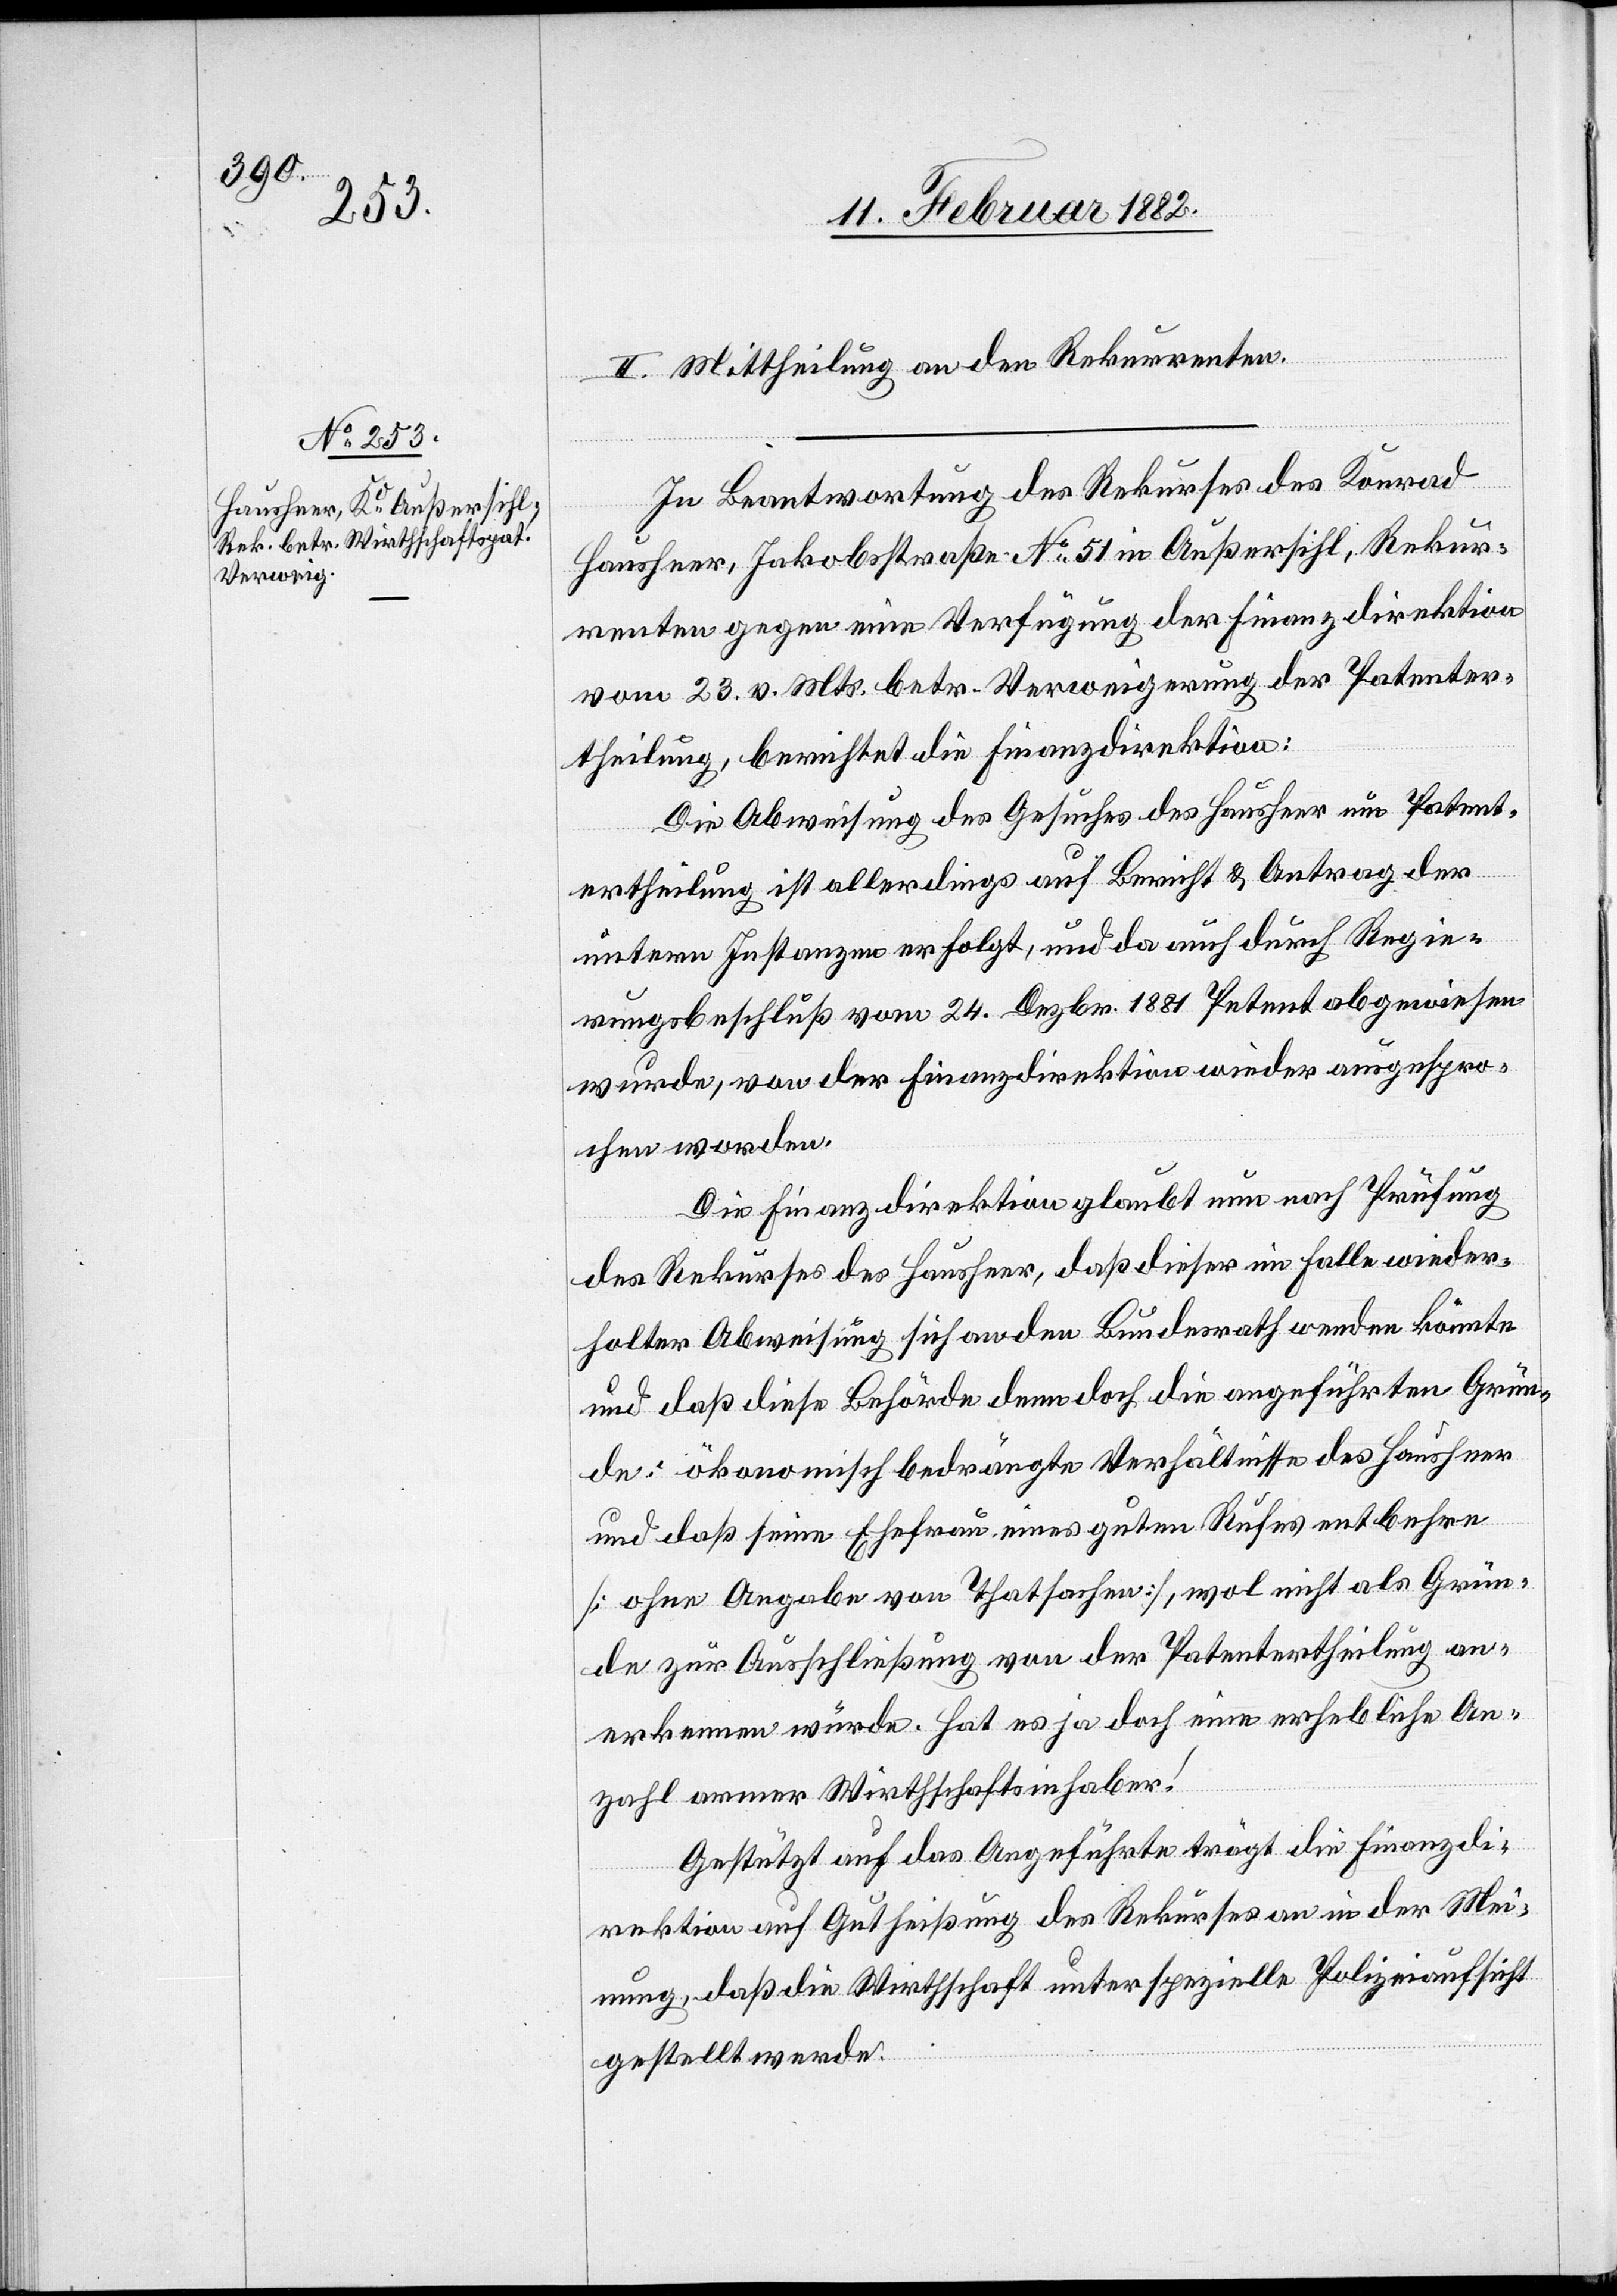
II. Mittheilung an den Rekurrenten.
In Beantwortung des Rekurses des Konrad
Hausheer, Jakobstraße No 51 in Außersihl, Rekur¬
renten gegen eine Verfügung der Finanzdirektion
vom 23. v. Mts. betr. Verweigerung der Patenter¬
theilung, berichtet die Finanzdirektion:
Die Abweisung des Gesuches des Hausheer um Patent¬
ertheilung ist allerdings auf Bericht & Antrag der
internen Instanzen erfolgt, und da auch durch Regie¬
rungsbeschluß vom 24. Dezbr. 1881 Petent abgewiesen
wurde, von der Finanzdirektion wieder ausgespro¬
chen worden.
Die Finanzdirektion glaubt nun nach Prüfung
des Rekurses des Hausheer, daß dieser im Falle wieder¬
holter Abweisung sich an den Bundesrath wenden könnte
und daß diese Behörde denn doch die angeführten Grün¬
de: ökonomisch bedrängte Verhältnisse des Hausheer
und daß seine Ehefrau eines guten Rufes entbehren
[ohne Angabe von Tatsachen], wol nicht als Grün¬
de zur Ausschließung von der Patentertheilung an¬
erkennen würde. Hat es ja doch eine erhebliche An¬
zahl armer Wirthschaftsinhaber!
Gestützt auf das Angeführte trägt die Finanzdi¬
rektion auf Gutheißung des Rekurses an in der Mei¬
nung, daß die Wirthschaft unter spezielle Polizeiaufsicht
gestellt werde.